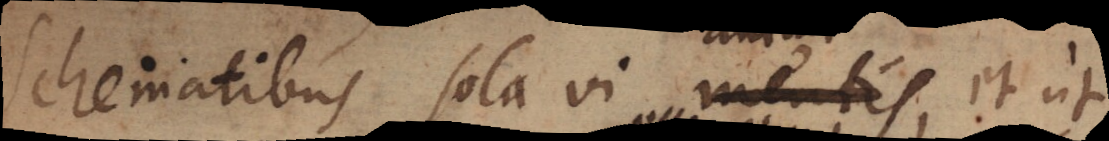
Schematibus sola vi mentis, et ut